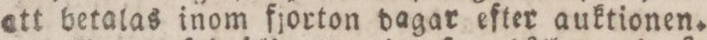
att betalas inom fjorton dagar efter auktionen.